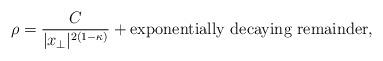
LaTeX: \begin{align*}\rho=\frac{C}{|x_\perp|^{2(1-\kappa)}}+\hbox{exponentially decaying remainder},\end{align*}